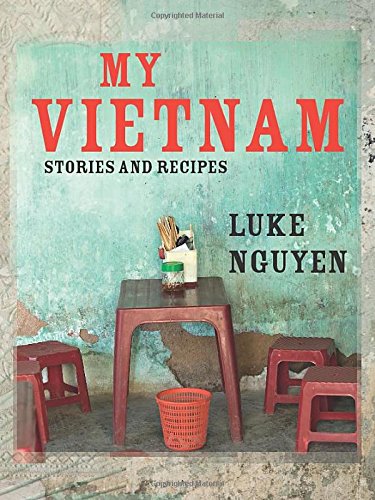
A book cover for My Vietnam: Stories And Recipes; Luke Nguyen; Cookbooks, Food & Wine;